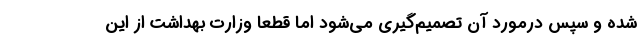
شده و سپس درمورد آن تصمیم‌گیری می‌شود اما قطعا وزارت بهداشت از این